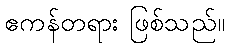
ဧကန်တရား ဖြစ်သည်။